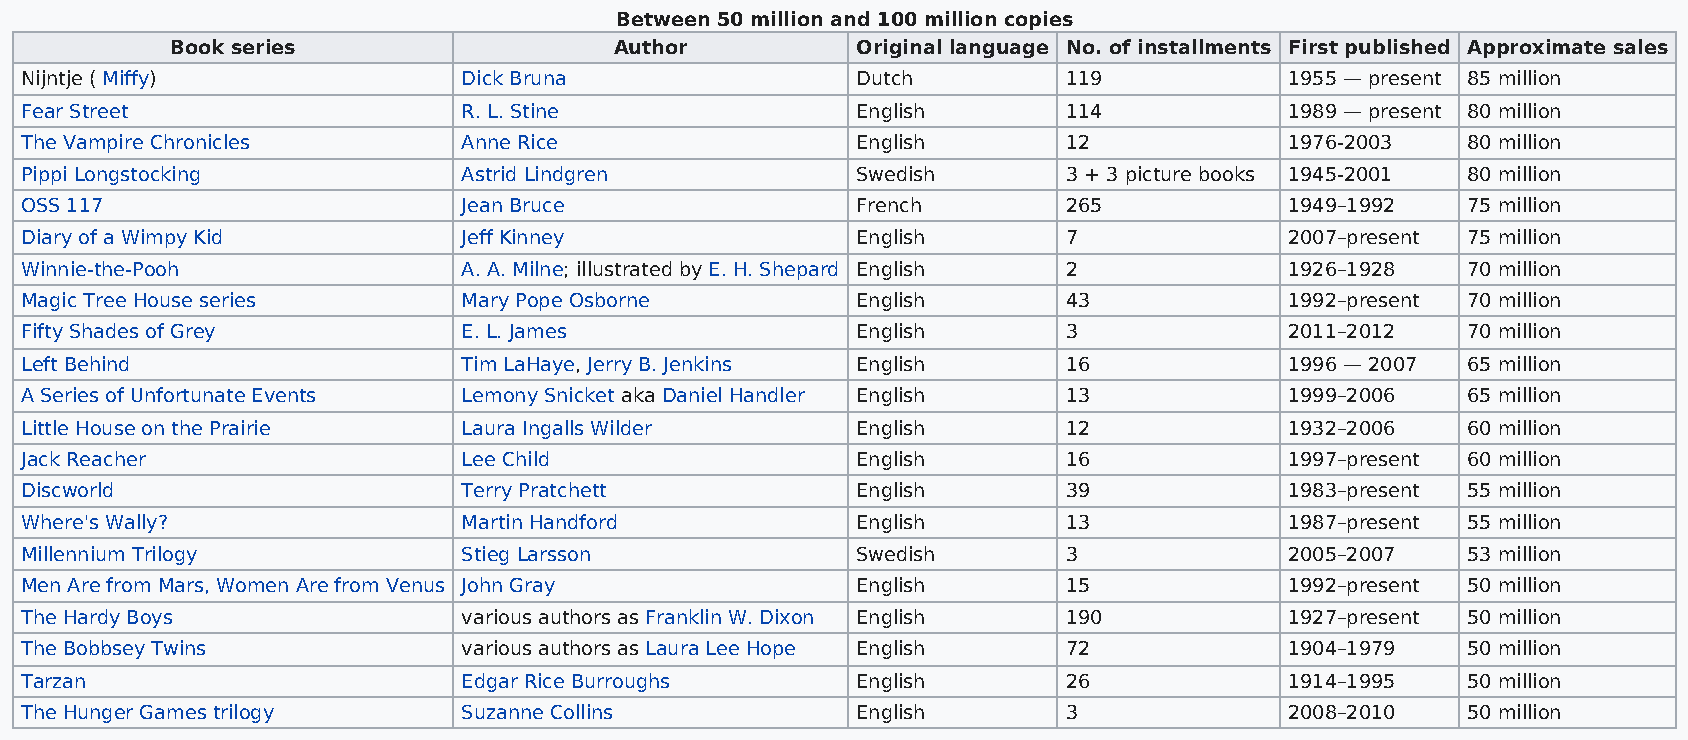
Between 50 million and 100 million copies
 Book series                   Author          Original language No. of installments First published Approximate sales
 Nijntje ( Miffy)              Dick Bruna                Dutch         119           1955 — present 85 million
 Fear Street                   R. L. Stine               English       114           1989 — present 80 million
 The Vampire Chronicles        Anne Rice                 English       12            1976-2003   80 million
 Pippi Longstocking            Astrid Lindgren           Swedish       3 + 3 picture books 1945-2001 80 million
 OSS 117                       Jean Bruce                French        265           1949–1992   75 million
 Diary of a Wimpy Kid          Jeff Kinney               English       7             2007–present 75 million
 Winnie-the-Pooh               A. A. Milne; illustrated by E. H. Shepard English 2   1926–1928   70 million
 Magic Tree House series       Mary Pope Osborne         English       43            1992–present 70 million
 Fifty Shades of Grey          E. L. James               English       3             2011–2012   70 million
 Left Behind                   Tim LaHaye, Jerry B. Jenkins English    16            1996 — 2007 65 million
 A Series of Unfortunate Events Lemony Snicket aka Daniel Handler English 13         1999–2006   65 million
 Little House on the Prairie   Laura Ingalls Wilder      English       12            1932–2006   60 million
 Jack Reacher                  Lee Child                 English       16            1997–present 60 million
 Discworld                     Terry Pratchett           English       39            1983–present 55 million
 Where's Wally?                Martin Handford           English       13            1987–present 55 million
 Millennium Trilogy            Stieg Larsson             Swedish       3             2005–2007   53 million
 Men Are from Mars, Women Are from Venus John Gray       English       15            1992–present 50 million
 The Hardy Boys                various authors as Franklin W. Dixon English 190      1927–present 50 million
 The Bobbsey Twins             various authors as Laura Lee Hope English 72          1904–1979   50 million
 Tarzan                        Edgar Rice Burroughs      English       26            1914–1995   50 million
 The Hunger Games trilogy      Suzanne Collins           English       3             2008–2010   50 million